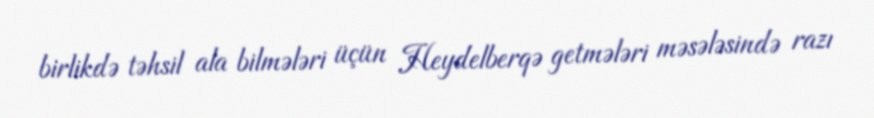
birlikdə təhsil ala bilmələri üçün Heydelberqə getmələri məsələsində razı